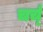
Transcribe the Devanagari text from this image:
चर्च्